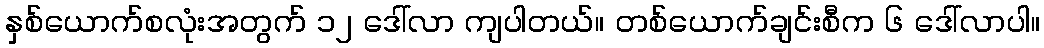
နှစ်ယောက်စလုံးအတွက် ၁၂ ဒေါ်လာ ကျပါတယ်။ တစ်ယောက်ချင်းစီက ၆ ဒေါ်လာပါ။